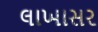
લાખાસર